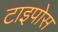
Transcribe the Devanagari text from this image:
टाइपोस